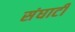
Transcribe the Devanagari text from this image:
संघाटी